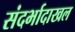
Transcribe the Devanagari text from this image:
संदर्भादाखल